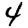
Digit: 4